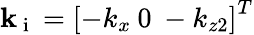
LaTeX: \mathbf{k}_{\mathrm{~i~}}=\left[-k_{x}\: 0\: -k_{z2}\right]^{T}